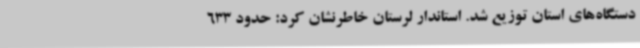
دستگاه‌های استان توزیع شد. استاندار لرستان خاطرنشان کرد: حدود 633